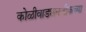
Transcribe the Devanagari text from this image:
कोळीवाड्यानजीकच्या